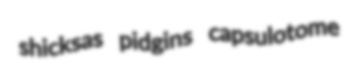
shicksas pidgins capsulotome